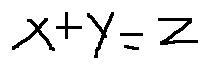
x + y = z